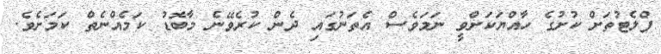
ފްލެޓުތަށް ކުށުގެ ހާއްޔަކަށްވީ ނަމަވެސް އެތަނުގައި ދެން ކުރެވޭނެ މާބޮޑު ކަމެއްނެތް ކަމަށެވެ.